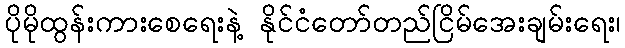
ပိုမိုထွန်းကားစေရေးနဲ့ နိုင်ငံတော်တည်ငြိမ်အေးချမ်းရေး၊